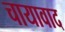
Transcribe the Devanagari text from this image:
चायावाद